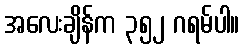
အလေးချိန်က ၃၅၂ ဂရမ်ပါ။